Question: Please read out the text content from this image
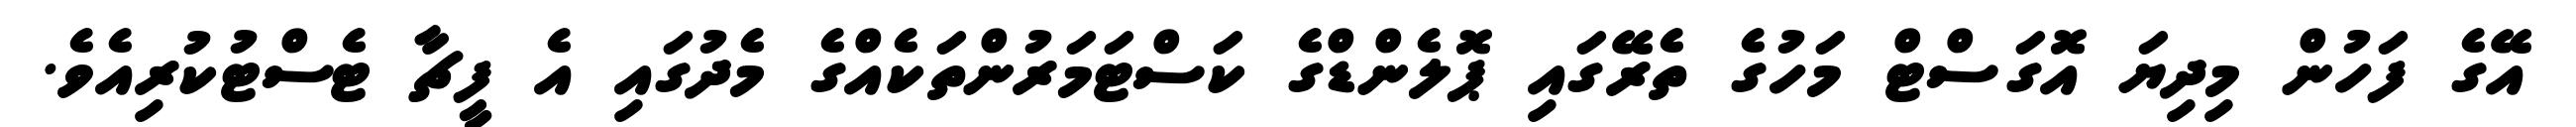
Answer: އޭގެ ފަހުން މިދިޔަ އޮގަސްޓް މަހުގެ ތެރޭގައި ޕޮލެންޑްގެ ކަސްޓަމަރުންތަކެއްގެ މެދުގައި އެ ފީޗާ ޓެސްޓުކުރިއެވެ.